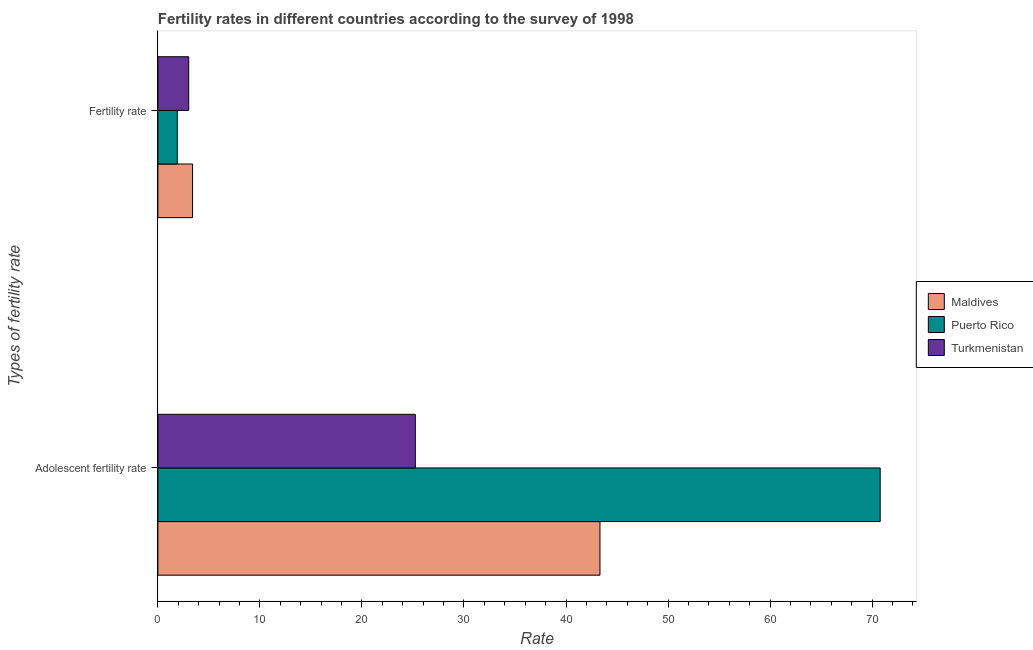
| Types of fertility rate | Maldives | Puerto Rico | Turkmenistan |
 | --- | --- | --- | --- |
 | Adolescent fertility rate | 43.3 | 70.8 | 25.2 |
 | Fertility rate | 3.4 | 1.9 | 3.02 |